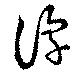
諄